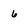
Character: 6